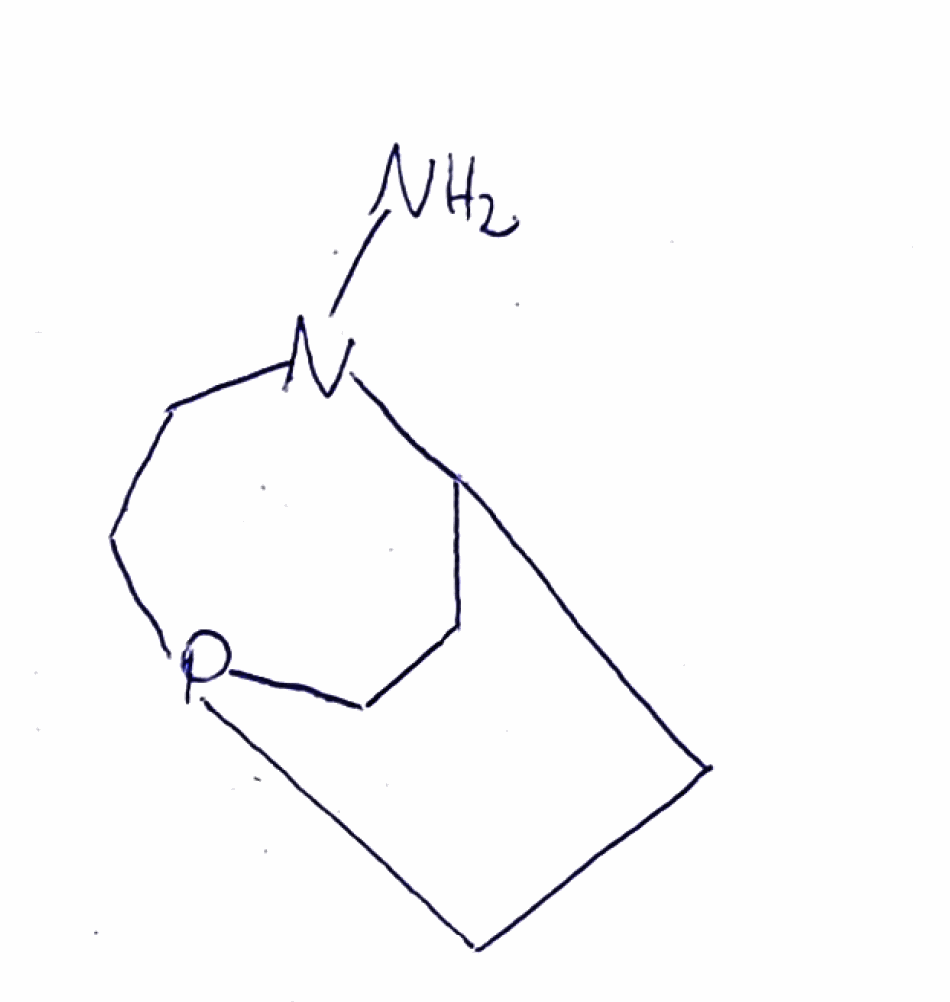
Simplified molecular-input line-entry system (SMILES) notation of the given molecule:
C1CP2CCC1N(CC2)N